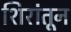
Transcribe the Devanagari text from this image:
शिरांतून